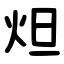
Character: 炟